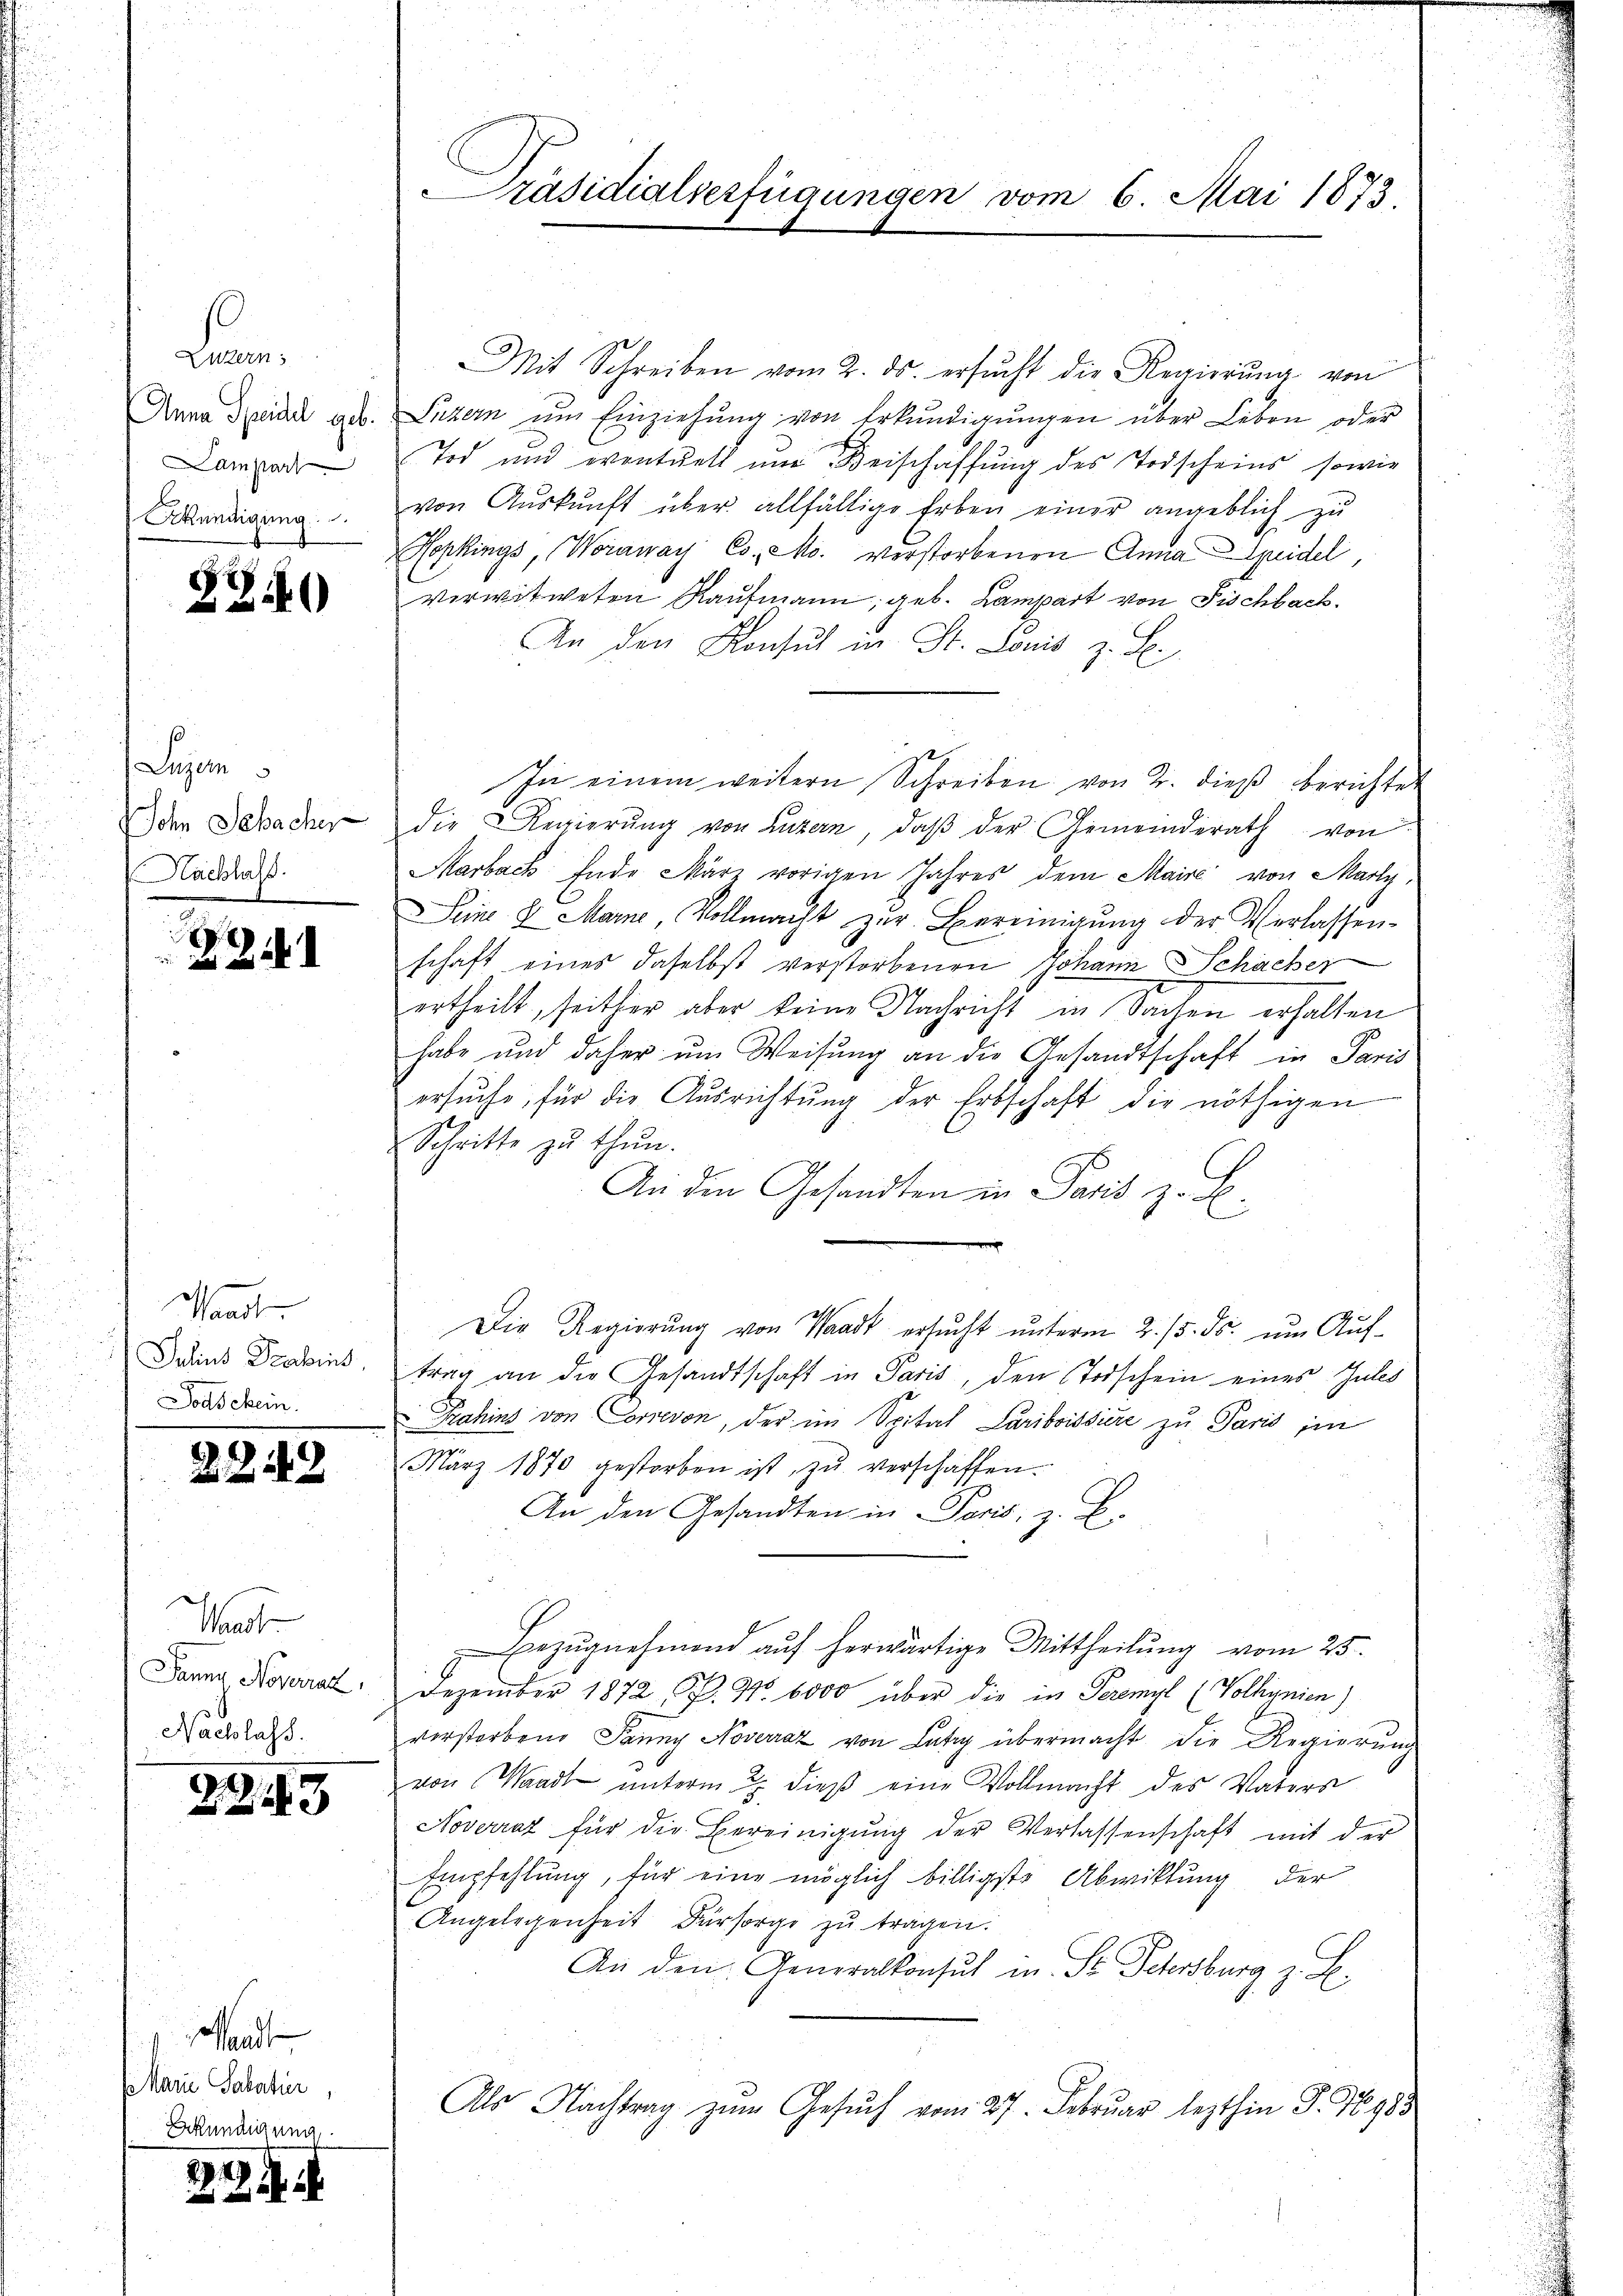
Lan
Lampart

2740

Luzern
Nachlass.

Wanden
Jodschein.

2242

d

.

Theat
Nachlass.

143

Mand
s Marie Salatie,
Bekündigung

22. d. d. 1.

Mit Schreiben vom 2. ds. ersŭcht die Regierŭng von
Anna Special geb. Luzern ŭm Einziehŭng von Erkŭndigŭngen über Leben oder
Tod und eventuell und Beischaffung des Todscheins, sowie
Sekundigung von Aŭskŭnft über allfällige Erben einer angeblich zu
Hopkings, Wornway Co. Mo. verstorbenen Anna Speidel
verwitweten Kaufmann, geb. Lampart von Fischbach.
An den Konsul in St. Louis z. B.
den Gebacher die Regierŭng von Luzern, daβ der Gemeinderath von
Marbach Ende März vorigen Jahres dem Maire von Marty,
Seine 8 Marne, Vollmacht zŭr Bereinigŭng der Verlassen-
schaft eines daselbst verstorbenen Johann Schächer
ertheilt, seither aber keine Nachricht in Sachen erhalten
habe und daher um Weisung an die Gesandtschaft in Paris
ersŭche, für die Ausrichtung der Erbschaft die nöthigen
Schritte zŭ thŭn.
An den Gesandten in Paris z. B
Die Regierŭng von Waadt ersŭcht ŭnterm 2. 15. ds. um Auf-
Dein Drains, trag an die Gesandtschaft in Paris, den Todschein eines Gutes
Prahins von Correvon, der im Spital Lariboissiere zu Paris im
März 1870 gestorben ist zŭ verschaffen.
An den Gesandten in Paris, z. B.
Bezŭgnehmend auf herwärtige Mittheilung vom 25.
Janng Noverrat. Dezember 1872, P. Nr. 6000 über die in Peremyl (Volkignien)
verstorbene Janny Noverraz von Lati übermacht die Regierŭng
von Waadt ŭnterm 2. dieβ eine Vollmacht des Vaters
Noverrat für die Bereinigŭng der Verlassenschaft mit der
Empfehlung, für eine möglich billigste Abwicklung der
Angelegenheit Fürsorge zŭ tragen.
An den Generalkonsul in St. Petersburg z. B.
Als Nachtrag zŭm Gesŭch vom 27. Februar lezthin P. 1985

Präsidialserfügungen vom 6. Mai 1873

In einem weitern Schreiben von 2. dieβ berichtet